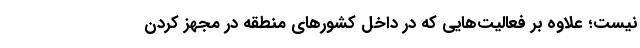
نیست؛ علاوه بر فعالیت‌هایی که در داخل کشورهای منطقه در مجهز کردن